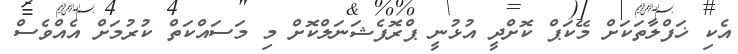
އެކި ޚަފްލާތަކަށް މޭކަޕް ކޮށްދީ އުޅުނީ ޕްރޮފެޝަނަލްކޮށް މި މަސައްކަތް ކުރުމަށް އެއްވެސް